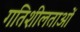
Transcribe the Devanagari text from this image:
गतिशीलताओं